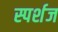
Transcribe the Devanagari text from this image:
स्पर्शज